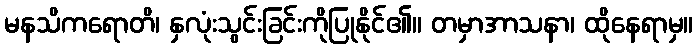
မနသိကရောတိ၊ နှလုံးသွင်းခြင်းကိုပြုနိုင်၏။ တမှာအာသနာ၊ ထိုနေရာမှ။